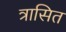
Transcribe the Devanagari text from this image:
त्रासित